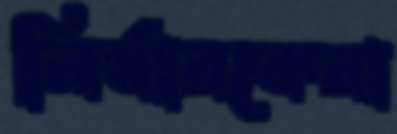
নির্ধারকেরা